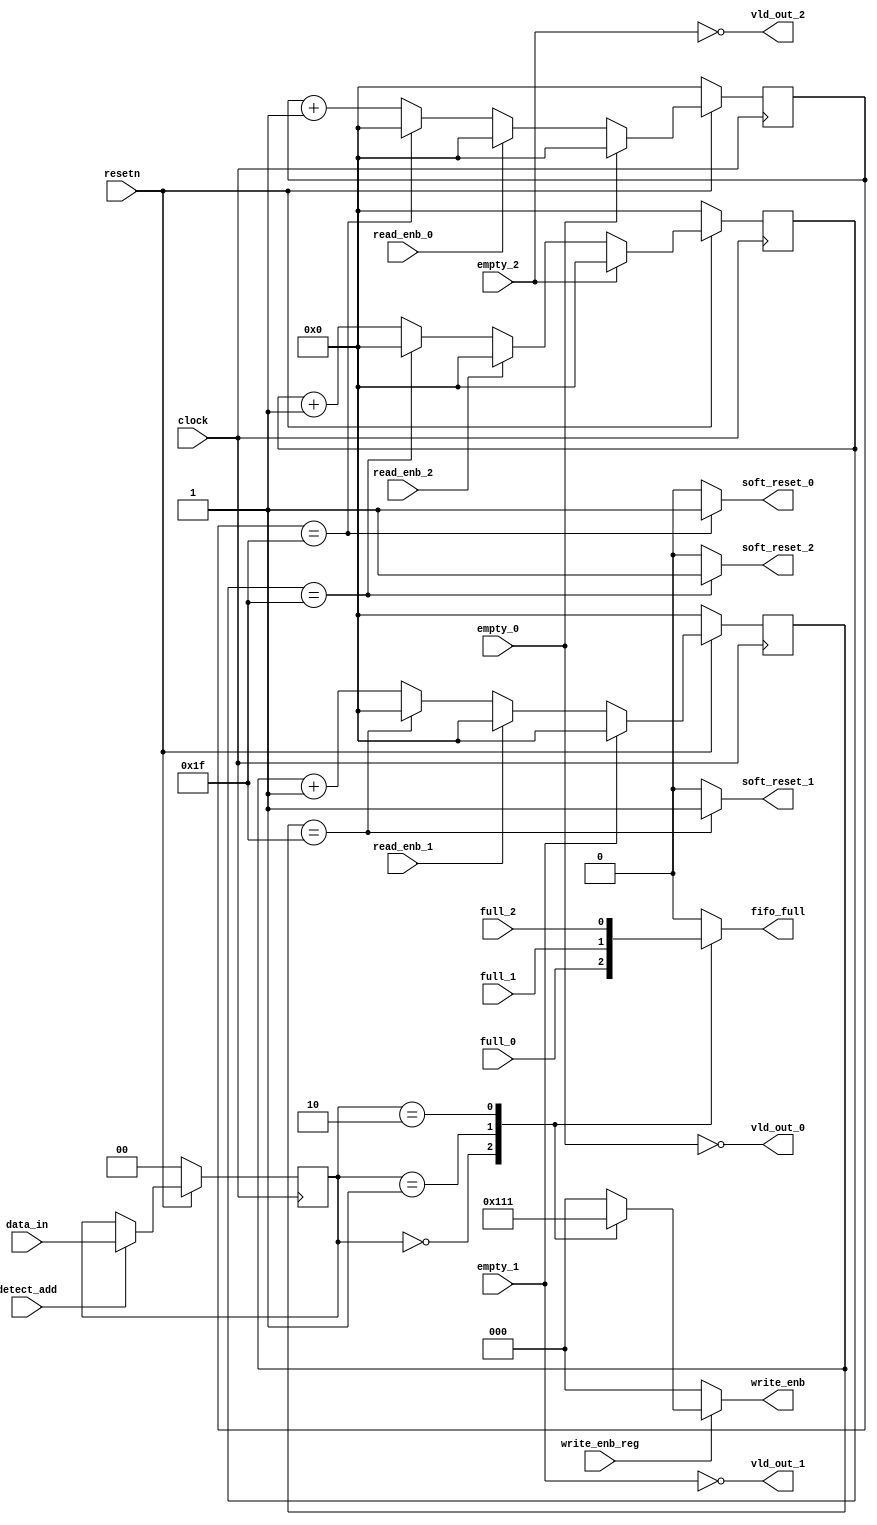
module router_sync(input clock,resetn,read_enb_0,read_enb_1,read_enb_2,detect_add,write_enb_reg,
			  empty_0,empty_1,empty_2,full_0,full_1,full_2,
                   input [1:0] data_in,
		   output reg [2:0] write_enb,
		   output reg fifo_full,
		   output vld_out_0,vld_out_1,vld_out_2,soft_reset_0,soft_reset_1,soft_reset_2);

reg [1:0] add_reg;
reg [4:0] count0,count1,count2;


// Logic for address detection
always@(posedge clock)
	begin
		if(~resetn)
			add_reg<=2'b0;
		else if(detect_add)          
		 	add_reg<=data_in;
	end


// Logic for write enable
always @(*)
begin
	if(write_enb_reg)
	begin
		case(add_reg)
			2'b00 : write_enb <= 3'b100;
			2'b01 : write_enb <= 3'b010;
			2'b10 : write_enb <= 3'b001;
			default : write_enb <= 3'b000;
 		endcase
	end
        else
		write_enb <= 3'b000;
end


// Logic for FIFO full
always @(*)
begin
	case(add_reg)
		2'b00 : fifo_full <= full_0;
		2'b01 : fifo_full <= full_1;
		2'b10 : fifo_full <= full_2;
		default : fifo_full <= 1'b0;
 	endcase
end


// Logic for valid out
assign vld_out_0 = ~empty_0;
assign vld_out_1 = ~empty_1;
assign vld_out_2 = ~empty_2;


//Logic for soft reset counter
always @(posedge clock)
begin 
	if(~resetn)
		count0 <= 5'b00000;
	else if(~empty_0)
	begin
		if(~read_enb_0)
		begin
			if(count0 == 5'b11111)
				count0 <= 5'b00000;
			else
				count0 <= count0 + 1;
		end
		else
			count0 <= 5'b00000;
	end
	else
		count0 <= 5'b00000;
end

always @(posedge clock)
begin 
	if(~resetn)
		count1 <= 5'b00000;
	else if(~empty_1)
	begin
		if(~read_enb_1)
		begin
			if(count1 == 5'b11111)
				count1 <= 5'b00000;
			else
				count1 <= count1 + 1;
		end
		else
			count1 <= 5'b00000;
	end
	else
		count1 <= 5'b00000;
end

always @(posedge clock)
begin 
	if(~resetn)
		count2 <= 5'b00000;
	else if(~empty_2)
	begin
		if(~read_enb_2)
		begin
			if(count2 == 5'b11111)
				count2 <= 5'b00000;
			else
				count2 <= count2 + 1;
		end
		else
			count2 <= 5'b00000;
	end
	else
		count2 <= 5'b00000;
end


//Logic for soft reset 
assign soft_reset_0 = (count0 == 5'b11111) ? 1'b1 : 1'b0;
assign soft_reset_1 = (count1 == 5'b11111) ? 1'b1 : 1'b0; 
assign soft_reset_2 = (count2 == 5'b11111) ? 1'b1 : 1'b0;



endmodule